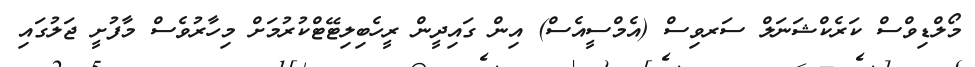
މޯލްޑިވްސް ކަރެކްޝަނަލް ސަރވިސް (އެމްސީއެސް) އިން ގައިދީން ރީހެބިލިޓޭޓްކުރުމަށް މިހާރުވެސް މާފުށީ ޖަލުގައި